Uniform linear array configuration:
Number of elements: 32
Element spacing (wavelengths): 1
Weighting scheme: blackman
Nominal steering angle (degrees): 0
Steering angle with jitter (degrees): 0.6656
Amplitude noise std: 0.05
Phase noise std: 0.05

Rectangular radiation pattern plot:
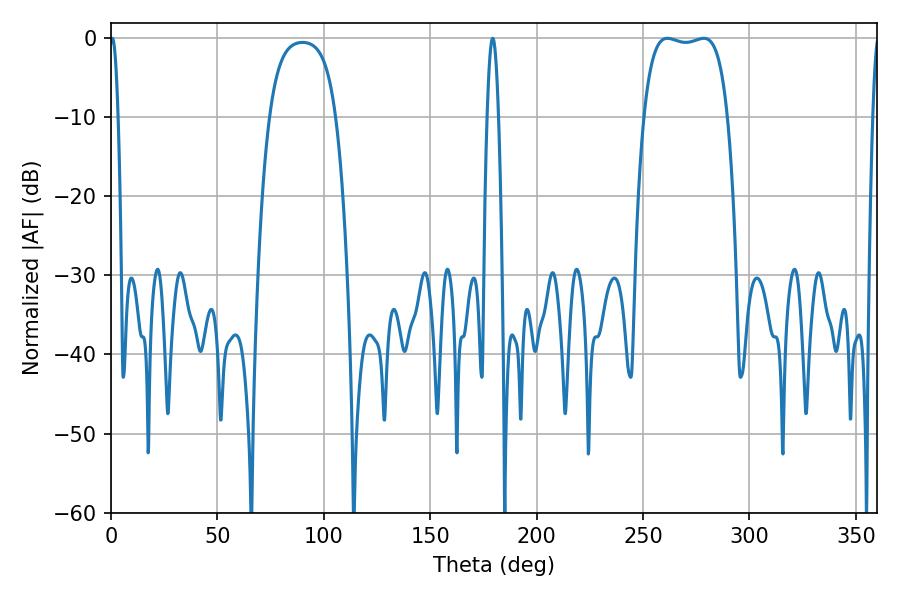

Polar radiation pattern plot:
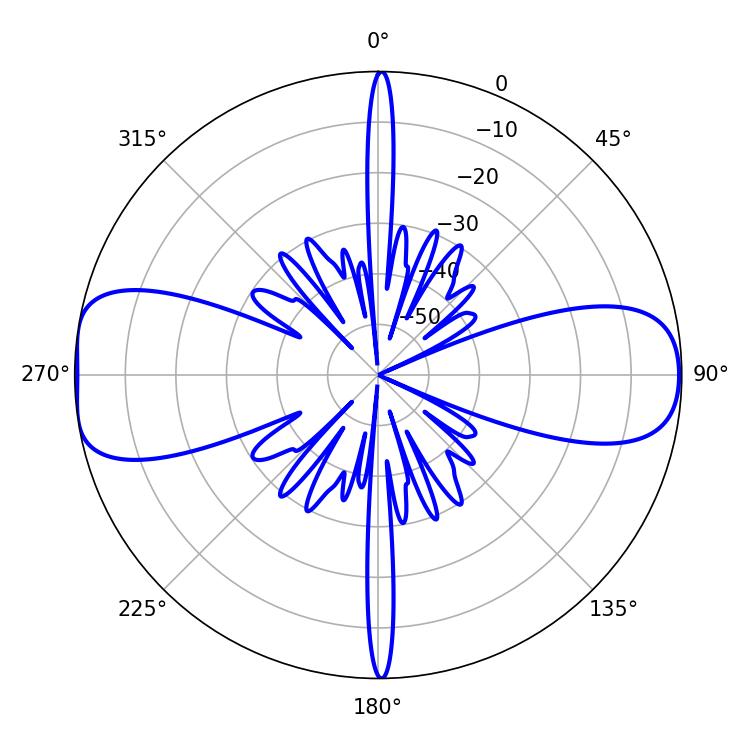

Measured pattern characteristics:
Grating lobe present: TRUE
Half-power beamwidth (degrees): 31.32
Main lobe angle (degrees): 261.36